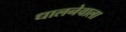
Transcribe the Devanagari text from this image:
धालनेवाला